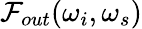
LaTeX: \mathcal{F}_{out}(\omega_{i},\omega_{s})